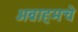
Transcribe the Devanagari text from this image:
अब्राहमचे